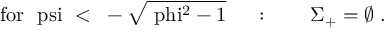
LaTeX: \mathrm { f o r ~ \ p s i ~ < ~ - \sqrt { \ p h i ^ { 2 } - 1 } ~ } \quad : \qquad \Sigma _ { + } = \emptyset \; .